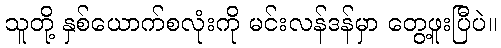
သူတို့ နှစ်ယောက်စလုံးကို မင်းလန်ဒန်မှာ တွေ့ဖူးပြီပဲ။